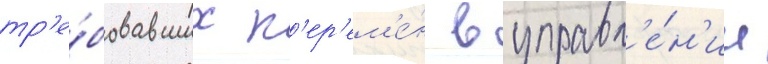
тр'е́бовавших п'ер'ем'е́н в управл'е́н'ии